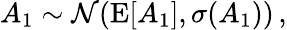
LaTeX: A_{1}\sim{\cal N}(\mathrm{E}[A_{1}],\sigma(A_{1}))\, ,